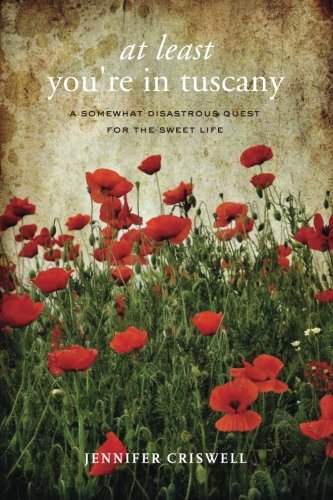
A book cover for At Least You're in Tuscany; Jennifer Criswell; Travel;